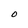
Character: O